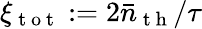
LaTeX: \xi_{\mathrm{~t~o~t~}}:=2\bar{n}_{\mathrm{~t~h~}}/\tau